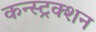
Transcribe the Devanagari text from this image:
कन्‍स्‍ट्रक्‍शन